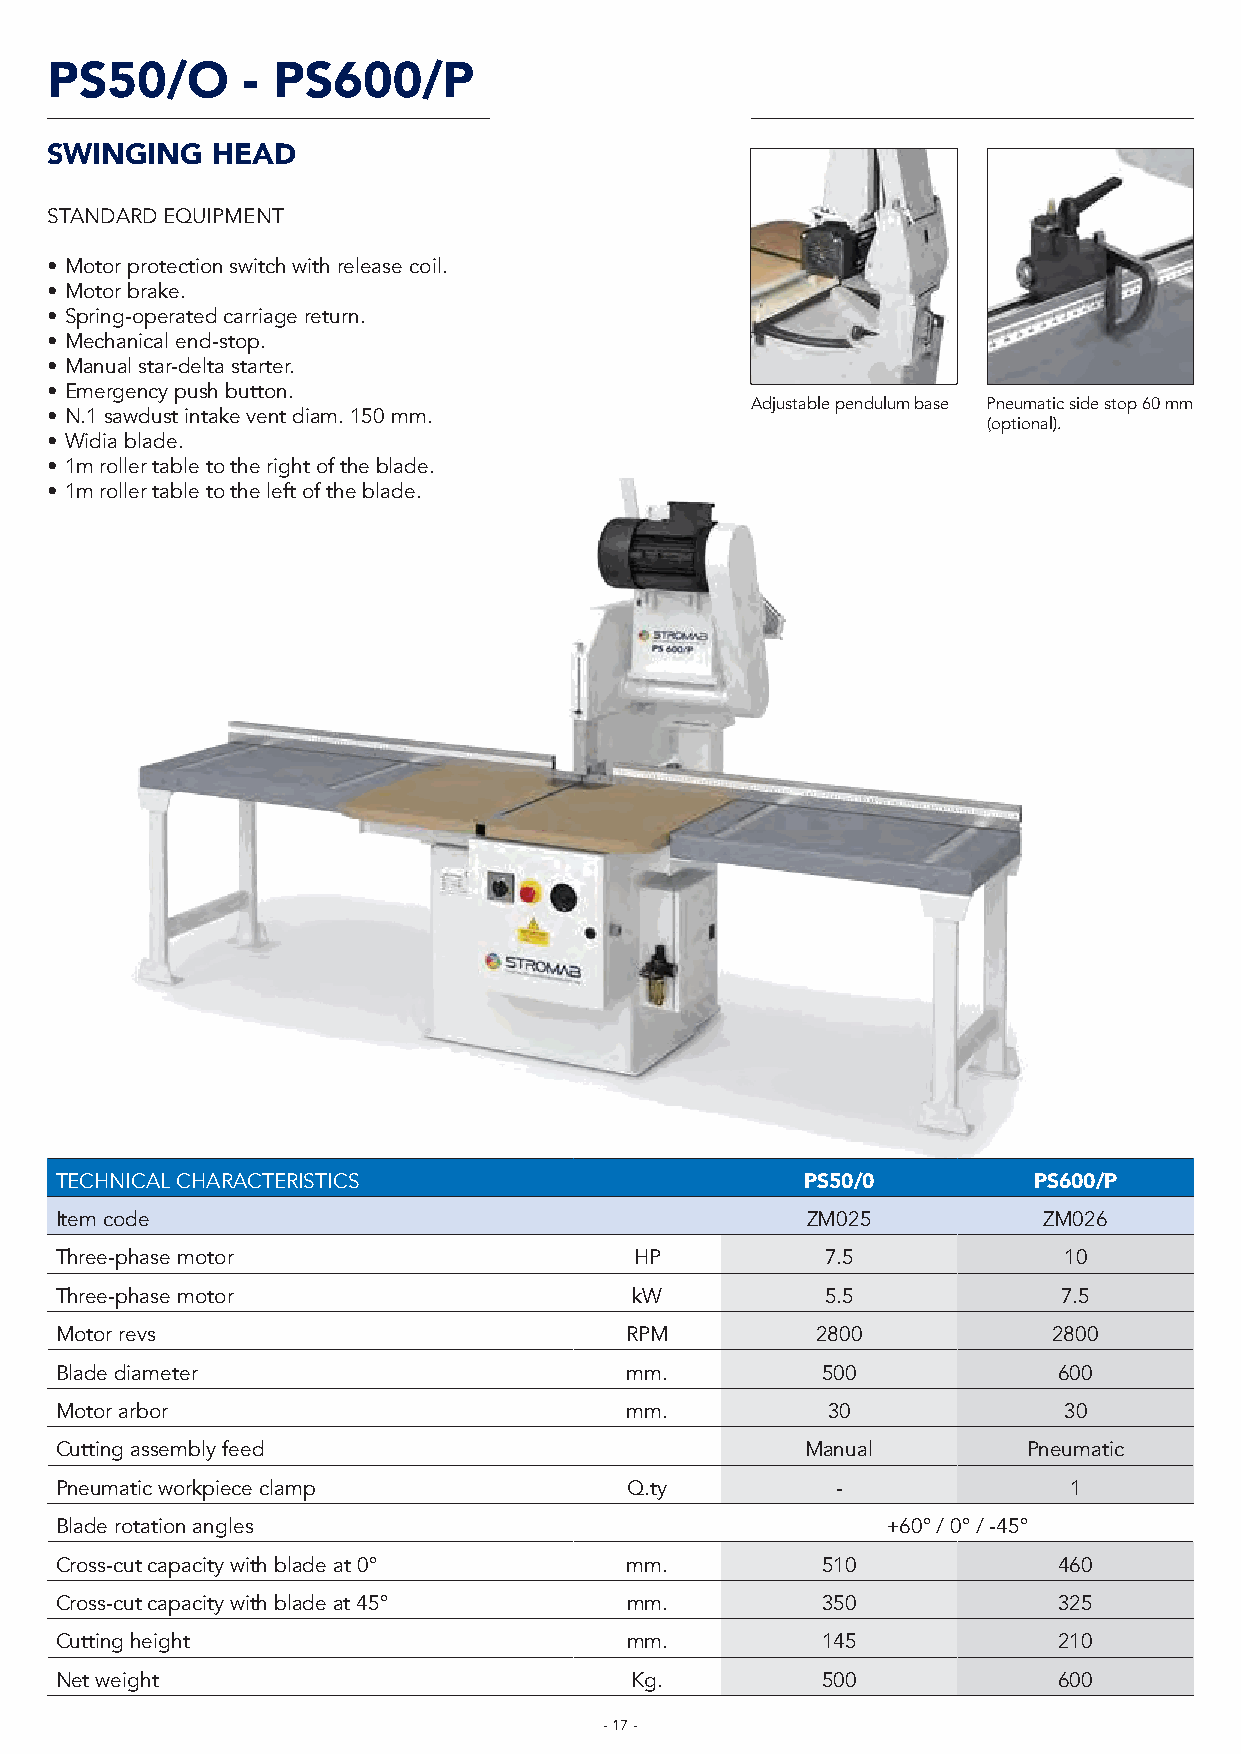
PS50/O       - PS600/P
 SWINGING   HEAD
 STANDARD EQUIPMENT
 • Motor protection switch with release coil.
 • Motor brake.
 • Spring-operated carriage return.
 • Mechanical end-stop.
 • Manual star-delta starter.
 • Emergency push button.
 Adjustable pendulum base Pneumatic side stop 60 mm
 • N.1 sawdust intake vent diam. 150 mm.
 (optional).
 • Widia blade.
 • 1m roller table to the right of the blade.
 • 1m roller table to the left of the blade.
 TECHNICAL CHARACTERISTICS                        PS50/0         PS600/P
 Item code                                        ZM025           ZM026
 Three-phase motor                     HP           7.5            10
 Three-phase motor                     kW           5.5            7.5
 Motor revs                           RPM          2800            2800
 Blade diameter                       mm.          500             600
 Motor arbor                          mm.           30             30
 Cutting assembly feed                            Manual         Pneumatic
 Pneumatic workpiece clamp            Q.ty          -               1
 Blade rotation angles                                  +60° / 0° / -45°
 Cross-cut capacity with blade at 0°  mm.          510             460
 Cross-cut capacity with blade at 45° mm.          350             325
 Cutting height                       mm.          145             210
 Net weight                            Kg.         500             600
 - 17 -